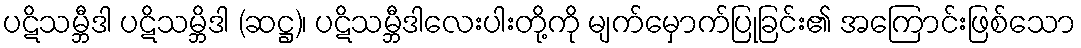
ပဋိသမ္ဘီဒါ ပဋိသမ္ဘိဒါ (ဆဋ္ဌ)၊ ပဋိသမ္ဘီဒါလေးပါးတို့ကို မျက်မှောက်ပြုခြင်း၏ အကြောင်းဖြစ်သော